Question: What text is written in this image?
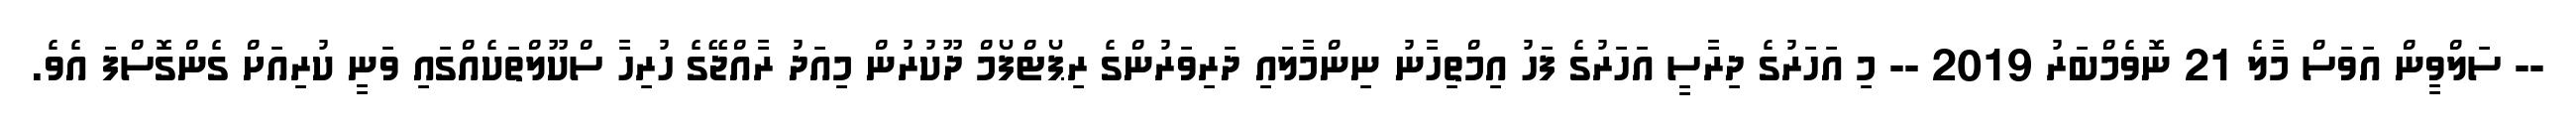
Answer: -- ސަލްވީން އަވަސް މާލެ 21 ނޮވެމްބަރު 2019 -- މި އަހަރުގެ ދިރާސީ އަހަރުގެ ފަހު އިމްތިހާނު ނިންމާލައި ދަރިވަރުންގެ ރިޕޯޓްފޯމް ދޫކުރުން މިއަދު ރާއްޖޭގެ ހުރިހާ ސްކޫލްތަކެއްގައި ވަނީ ކުރިއަށް ގެންގޮސްފަ އެވެ.